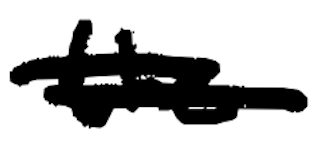
Text: the
Cross-out: mix
Writing tool: digital_black